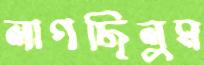
লাগছিলুম